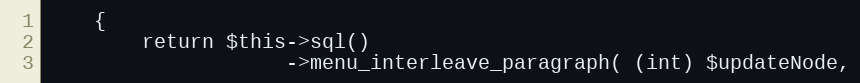
Language: PHP
    {
        return $this->sql()
                    ->menu_interleave_paragraph( (int) $updateNode,